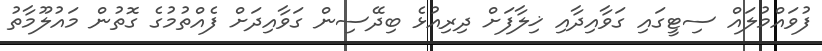
ފުވައްމުލައް ސިޓީގައި ގަވާއިދާއި ޚިލާފަށް ދިރިއުޅެ ބިދޭސިން ގަވާއިދަށް ފެއްތުމުގެ ގޮތުން މައުލޫމާތު